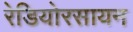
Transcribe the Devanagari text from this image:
रेडियोरसायन